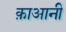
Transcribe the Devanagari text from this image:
क़ाआनी